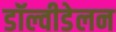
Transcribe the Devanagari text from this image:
डॉल्वीडेलन